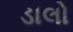
ડાલો